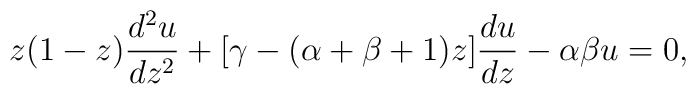
z (1 -z) {d^2 u \over d z^2} + [\gamma - (\alpha + \beta + 1) z ]{d u \over dz}- \alpha \beta u = 0,